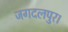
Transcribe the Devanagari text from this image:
जगदलपुर।